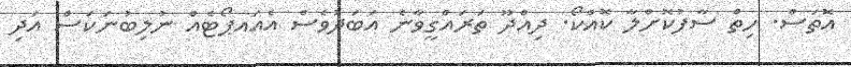
އޮތަސް. ހިތް ސާފުކޮށްލާ ކޮއްކޯ. ދިއްދޫ ތަރައްގީވާާާނެ އަބަދުވެސް އެއައޕޯޓެއް ނުލިބުނަކަސް އަދި